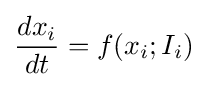
{\frac {dx_{i}}{dt}}=f(x_{i};I_{i})